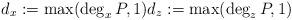
LaTeX: \begin{align*} d_x := \max(\deg_x P, 1) d_z := \max(\deg_z P, 1) \end{align*}